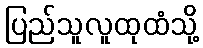
ပြည်သူလူထုထံသို့